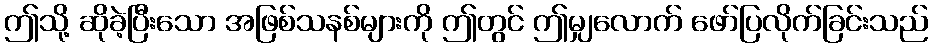
ဤသို့ ဆိုခဲ့ပြီးသော အဖြစ်သနစ်များကို ဤတွင် ဤမျှလောက် ဖော်ပြလိုက်ခြင်းသည်